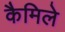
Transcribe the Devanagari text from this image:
कैमिले